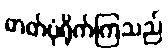
ဓာတ်ပုံရိုက်ကြသည်